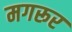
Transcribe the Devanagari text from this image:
मगरूर